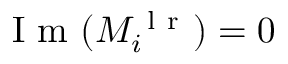
\mathrm { ~ I ~ m ~ } ( M _ { i } ^ { \mathrm { ~ l ~ r ~ } } ) = 0